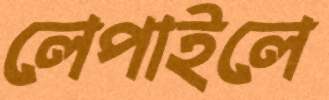
লেপাইলে